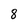
Character: 8